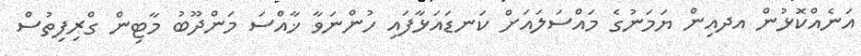
އަނެއްކޮޅުން އދއިން ޔަމަނުގެ މައްސަލައަށް ކަނޑައަޅާފައި ހުންނަވާ ޚާއްސަ މަންދޫބު މާޓިން ގްރިފިތުސް